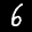
Label: 6